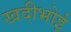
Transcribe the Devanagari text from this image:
खदीभोई